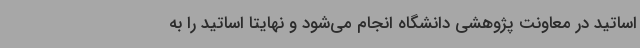
اساتید در معاونت پژوهشی دانشگاه انجام می‌شود و نهایتا اساتید را به